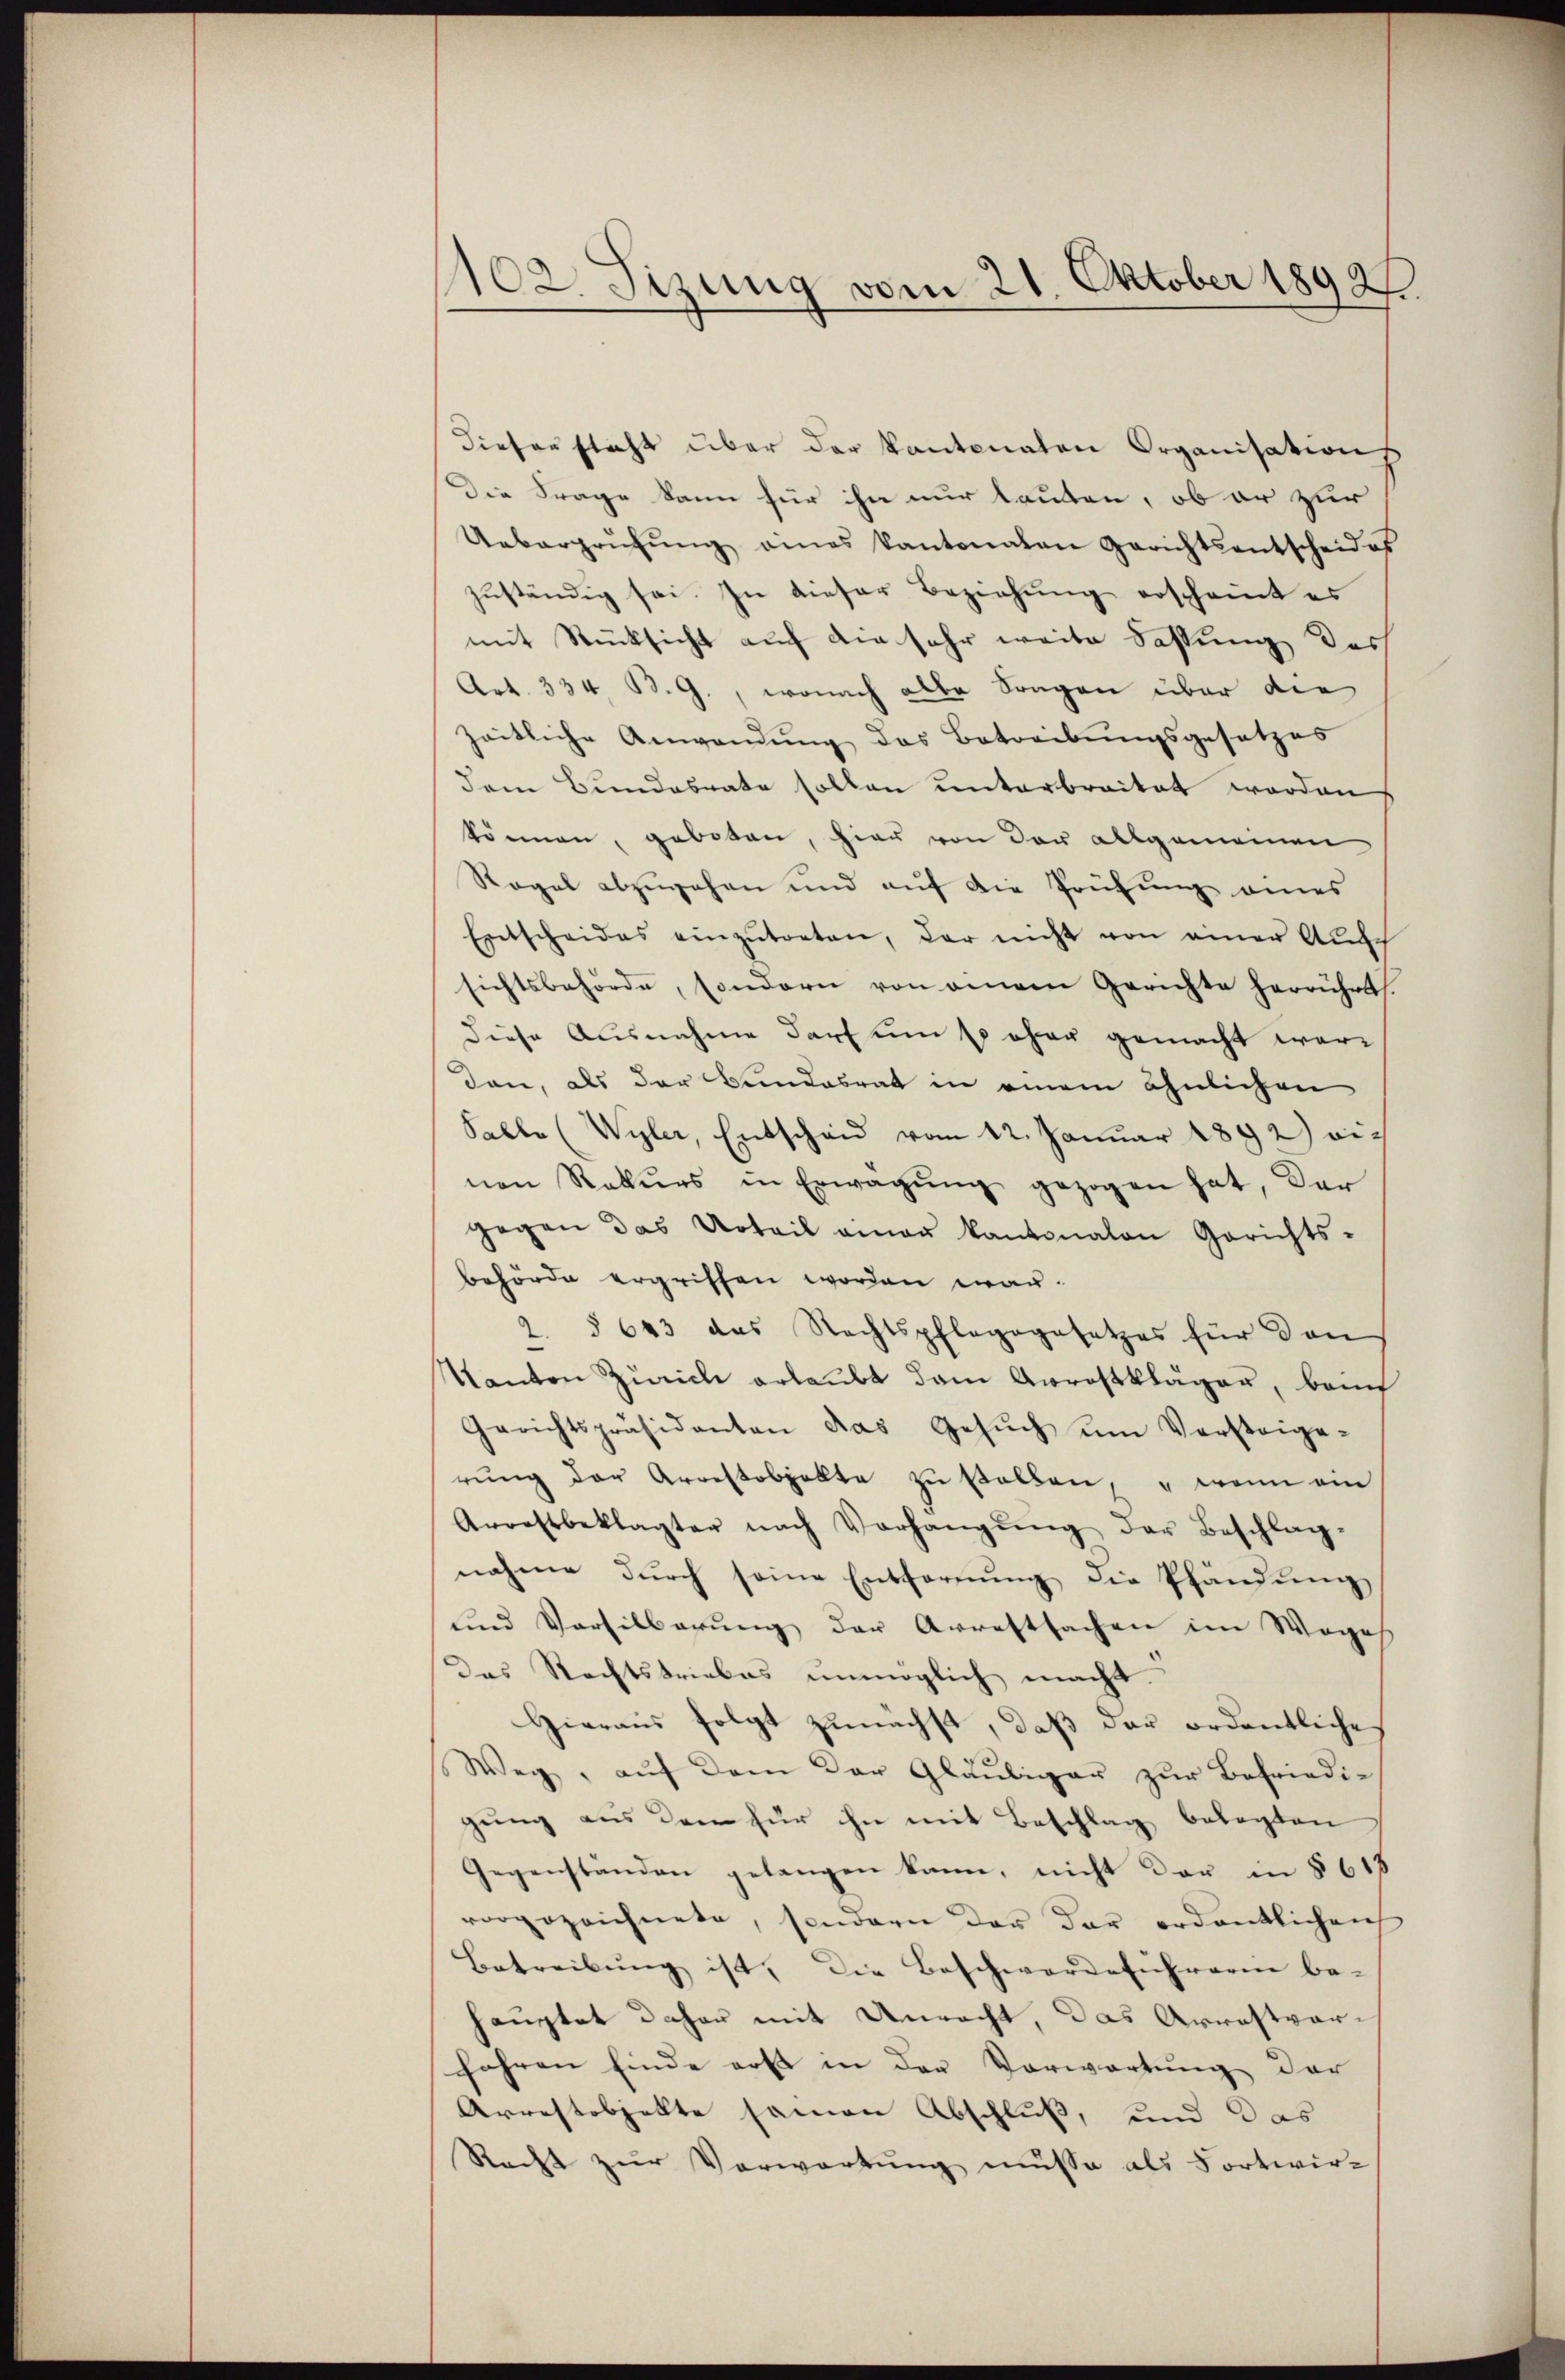
102. Sizung vom 21. Oktober 1892

diesen stacht über der Kantonaten Organisation
Die Frage kann für ihn nur lauten, ob er zur
Ueberprüfŭng eines kantonalen Gerichtsentscheides
zŭständig sei. In dieser Beziehung erscheint es
mit Rücksicht auf die sehr weite Fassung des
Art. 334 B. G., wonach alle Fragen über die
zeitliche Anwendung des Betreibungsgesetzes
dem Bundesrate sollen unterbreitet worden
können, geboten, hier von der allgemeinen
Regel abzugehen und auf die Prüfung eines
Entscheides einzŭtreten, der nicht von einer Aufe
sichtsbehörde, sondern von einem Gerichte herrührt.
diese Ausnahme darf um so eher gemacht werden, als der Bundesrat in einem ähnlichen
Falle (Wyler, Entscheid vom 12. Januar 1892) ei-
nen Rekŭrs in Erwägŭng gezogen hat, der
gegen das Urteil einan kantonalen Gerichts-
behörde ergriffen worden war.
§ 643 das Rechtspfleggesetzes für den
.
Kanton Zürich erlaubt dem Arrestkläger, bauf
Gerichtspräsidenten das Gesŭch ŭm Versteige-
rŭng der Arrestobhalte zŭ stellen, u wenn ein
Arrestbeklagter nach Vorhangŭng der Beschlag-
nahme dŭrch seine Entfernŭng die Pfändŭng
und Versilbarŭng der Arrestsachen im Weges.
Das Rechtstriebes unmöglich macht.
Hieraus folgt zunächst, daβ der ordentliche
Weg, aŭf dem der Gläubiger zŭr Befriedi-
gung aus den für ihn mit Beschlag belegten
Gegenständen gelangen kann, nicht der in § 618
vorgezeichnete, sondern der der ordentlichen
Betreibŭng ist, die Beschwerdeführerin be-
hauptet daher mit Unrecht, das Arrestverfahren finde erst in der Vorwartung der
Arrestobjekte samen Abschluß, und das
Recht zur Verwartung müsse als Fortwir¬